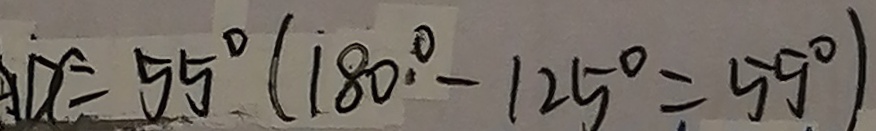
A D C = 5 5 ^ { \circ } ( 1 8 0 ^ { \circ } - 1 2 5 ^ { \circ } = 5 5 ^ { \circ } )